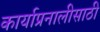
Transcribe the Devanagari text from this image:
कार्याप्रनालीसाठी